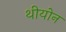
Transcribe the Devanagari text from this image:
थीयोन